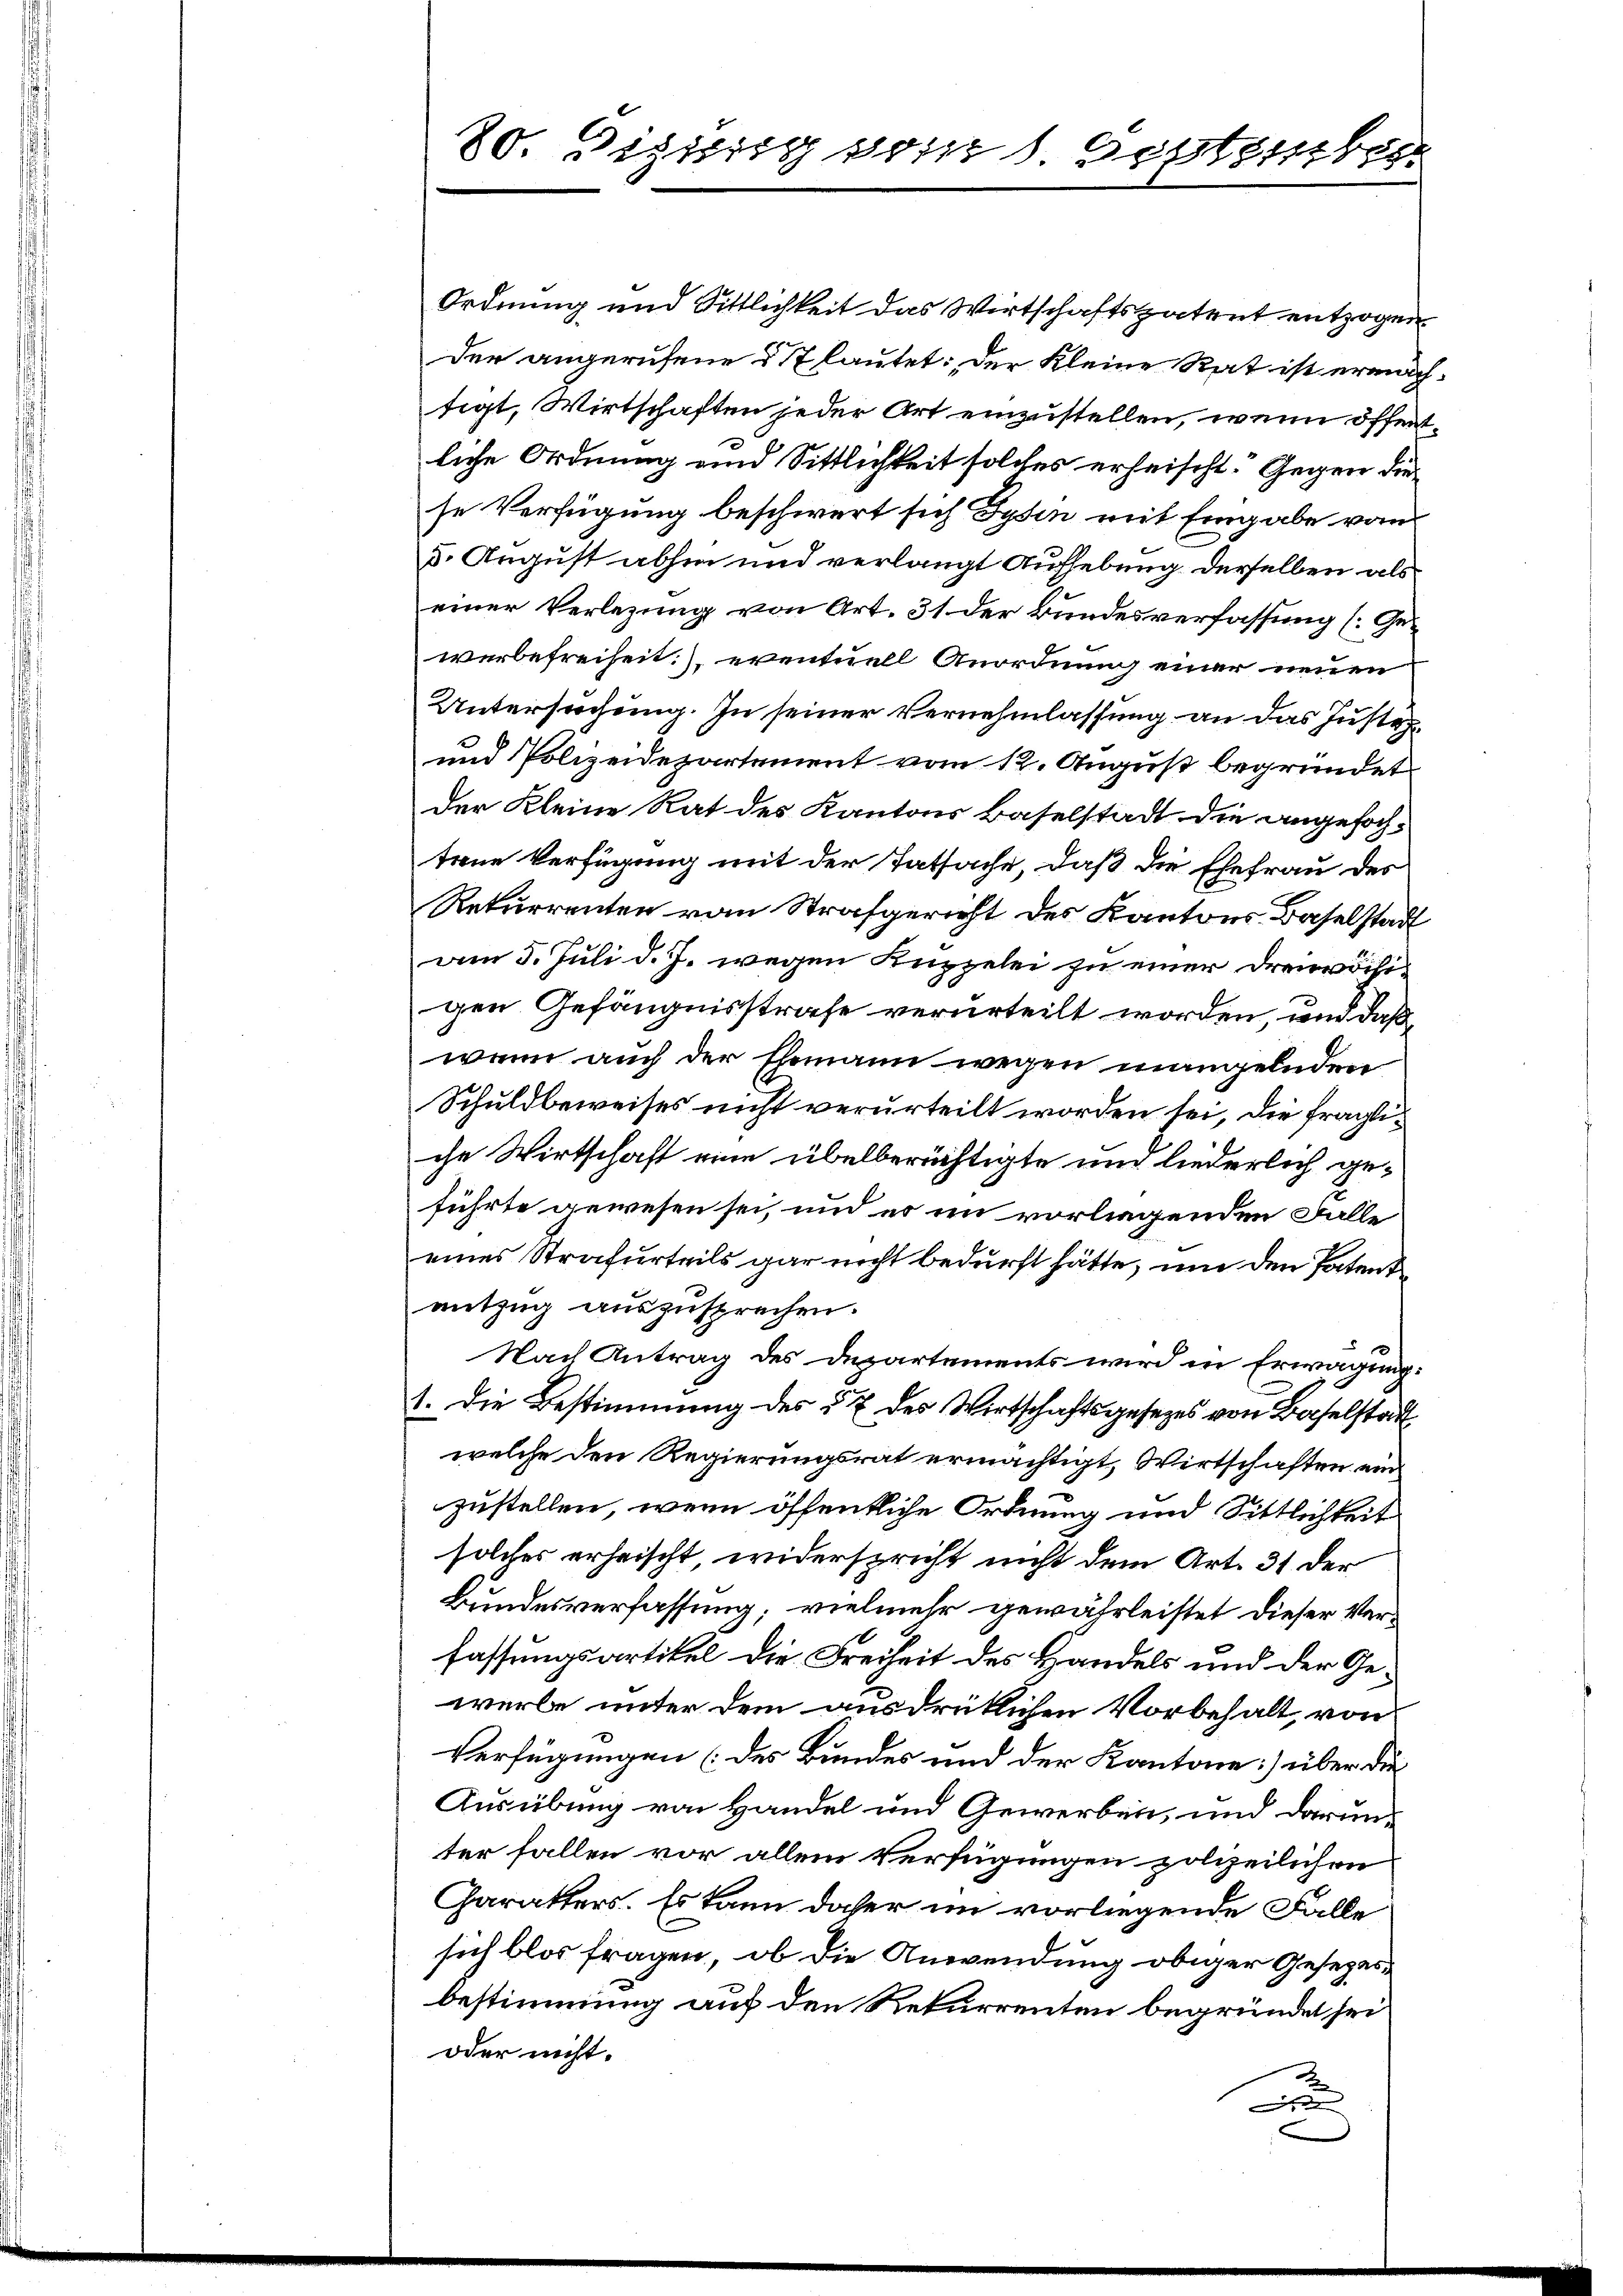
Ordnung und Sittlichkeit das Wirtschaftspatent entzogen
der angerufene & Stlautet: Der Kleine Rat ist ermäch-
tigt, Wirtschaften jeder Art einzustellen, wenn öffentliche Ordnung und Sittlichkeit solches erheischt. Gegen die
se Verfügung beschwert sich Gysin mit Eingabe vom
d. August abhin und verlangt Aufhebung derselben als
einer Verlegung von Art. 31 der Bundesverfassung [Gewerbefreiheit) eventuell Anordnung einer neuen
Untersuchung. In seiner Vernehmlassung an das Justiz¬
und Polizeidepartement vom 12. August begründet
der Kleine Rat des Kantons Baselstadt die angefochtene Verfügung mit der Tatsache, daß die Ehefrau des
Rekurrenten vom Strafgericht des Kantons Baselstadt
am 5. Juli d. J. wegen Kuppelei zu einer Dreivöiligen Gefängnisstrafe verurteilt worden, und daß
wenn auch der Ehemann wegen mangelnden
Schuldbeweises nicht verurteilt worden sei, die fragliche Wirtschaft eine übelberüchtigte um liederlich geführte gewesen sei, und es im vorliegenden Falle
eines Strafurteils gar nicht bedurft hätte, um den Patent
entzug auszusprechen.
Nach Antrag des Departements wird in Erwägung:
1. Die Bestimmung des § 7 des Wirtschaftsgesezes von Baselstadt
welche den Regierungsrat ermächtigt, Wirtschaften ein
zustellen, wenn öffentliche Ordnung und Sittlichkeit
solches erheischt, widerspricht nicht dem Art. 31 der
Bundesverfassung; vielmehr gewährleistet dieser Verfassungsartikel die Freiheit des Handels und der Gewerbe unter dem ausdrüklichen Vorbehalt, von
Verfügungen (des Bundes und der Kantone über die
Ausübung von Handel und Gewerben, und darunter fallen vor allein Verfügungen polizeilichen
Charakters. Es kann daher im vorliegende Falle
sich blos fragen, ob die Anwendung obiger Gesezesbestimmung auf den Rekurrenten begründet sei
oder nicht.

.
80. Sizistig vom 1. September